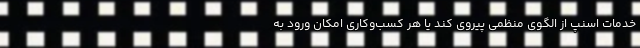
خدمات اسنپ از الگوی منظمی پیروی کند‌ یا هر کسب‌وکاری امکان ورود به